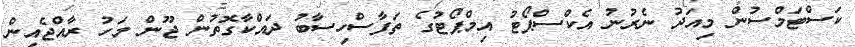
ކަސްޓަމްސުން މިއަދު ނެރުނު އެކްސްޕޯޓު އިމްޕޯޓުގެ ތަފާސްހިސާބު ދައްކާގޮތުން ޖޫން މަހު ރާއްޖެއިން